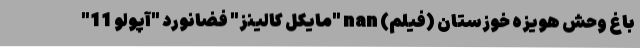
باغ وحش هویزه خوزستان (فیلم) nan "مایکل کالینز" فضانورد "آپولو 11"